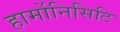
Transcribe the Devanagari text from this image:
हार्मोनिसिटि